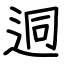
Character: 迵